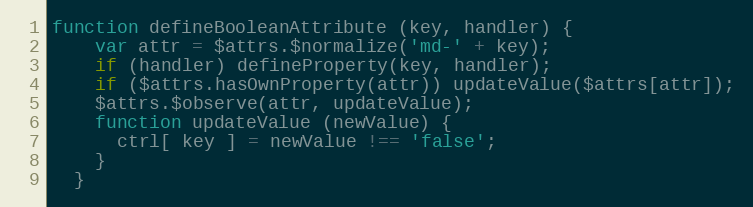
Language: JavaScript
function defineBooleanAttribute (key, handler) {
    var attr = $attrs.$normalize('md-' + key);
    if (handler) defineProperty(key, handler);
    if ($attrs.hasOwnProperty(attr)) updateValue($attrs[attr]);
    $attrs.$observe(attr, updateValue);
    function updateValue (newValue) {
      ctrl[ key ] = newValue !== 'false';
    }
  }